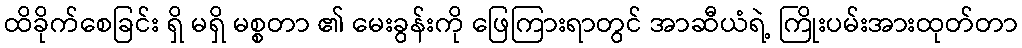
ထိခိုက်စေခြင်း ရှိ မရှိ မစ္စတာ ၏ မေးခွန်းကို ဖြေကြားရာတွင် အာဆီယံရဲ့ ကြိုးပမ်းအားထုတ်တာ